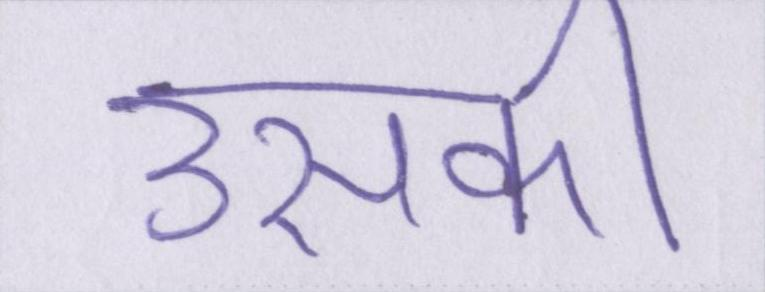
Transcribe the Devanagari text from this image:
उसकी